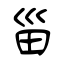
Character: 甾